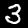
Digit: 3